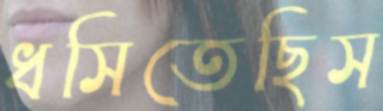
ধসিতেছিস